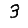
Digit: 3